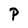
Character: P